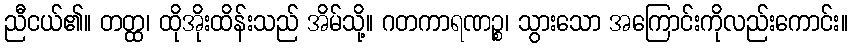
ညီငယ်၏။ တတ္ထ၊ ထိုအိုးထိန်းသည် အိမ်သို့။ ဂတကာရဏဉ္စ၊ သွားသော အကြောင်းကိုလည်းကောင်း။